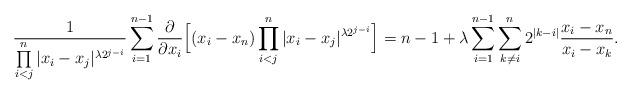
LaTeX: \begin{align*}\frac{1}{\prod\limits_{i<j}^n |x_i-x_j|^{\lambda 2^{j-i}}}\sum\limits_{i=1}^{n-1} \frac{\partial}{\partial x_i} \Bigl[ (x_i-x_n)\prod\limits_{i<j}^n |x_i-x_j|^{\lambda 2^{j-i}} \Bigr] = n-1 + \lambda\sum\limits_{i=1}^{n-1}\sum\limits_{k\neq i}^n 2^{|k-i|} \frac{x_i-x_n}{x_i-x_k}.\end{align*}